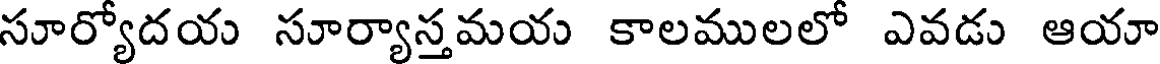
సూర్యోదయ సూర్యాస్తమయ కాలములలో ఎవడు ఆయా